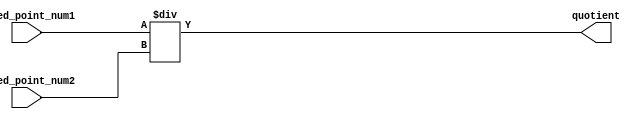
module fixed_point_divider(
    input signed [15:0] fixed_point_num1, 
    input signed [15:0] fixed_point_num2,
    output reg signed [15:0] quotient
);

reg signed [15:0] numerator;
reg signed [15:0] denominator;

always @(*)
begin
    numerator = fixed_point_num1;
    denominator = fixed_point_num2;
    quotient = numerator / denominator;
end

endmodule